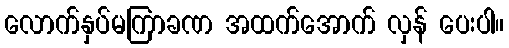
လောက်နှပ်မကြာခဏ အထက်အောက် လှန် ပေးပါ။